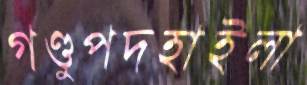
গণ্ডুপদহাইলা